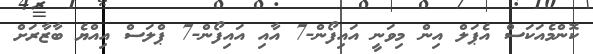
ކޮންމެއަކަސް އެޕަލް އިން މިވަނީ އައިފޯން-7 އާއި އައިފޯން-7 ޕްލަސް އިއްޔެ ބާޒާރަށް